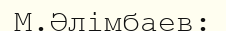
М.Әлімбаев: